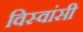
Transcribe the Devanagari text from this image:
विस्‍वांसी